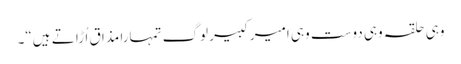
وہی حلقہ وہی دوست وہی امیر کبیر لوگ تمہارا مذا ق اُ ڑا تے ہیں“۔